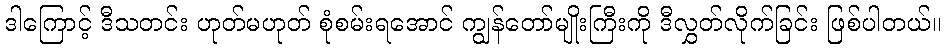
ဒါကြောင့် ဒီသတင်း ဟုတ်မဟုတ် စုံစမ်းရအောင် ကျွန်တော်မျိုးကြီးကို ဒီလွှတ်လိုက်ခြင်း ဖြစ်ပါတယ်။